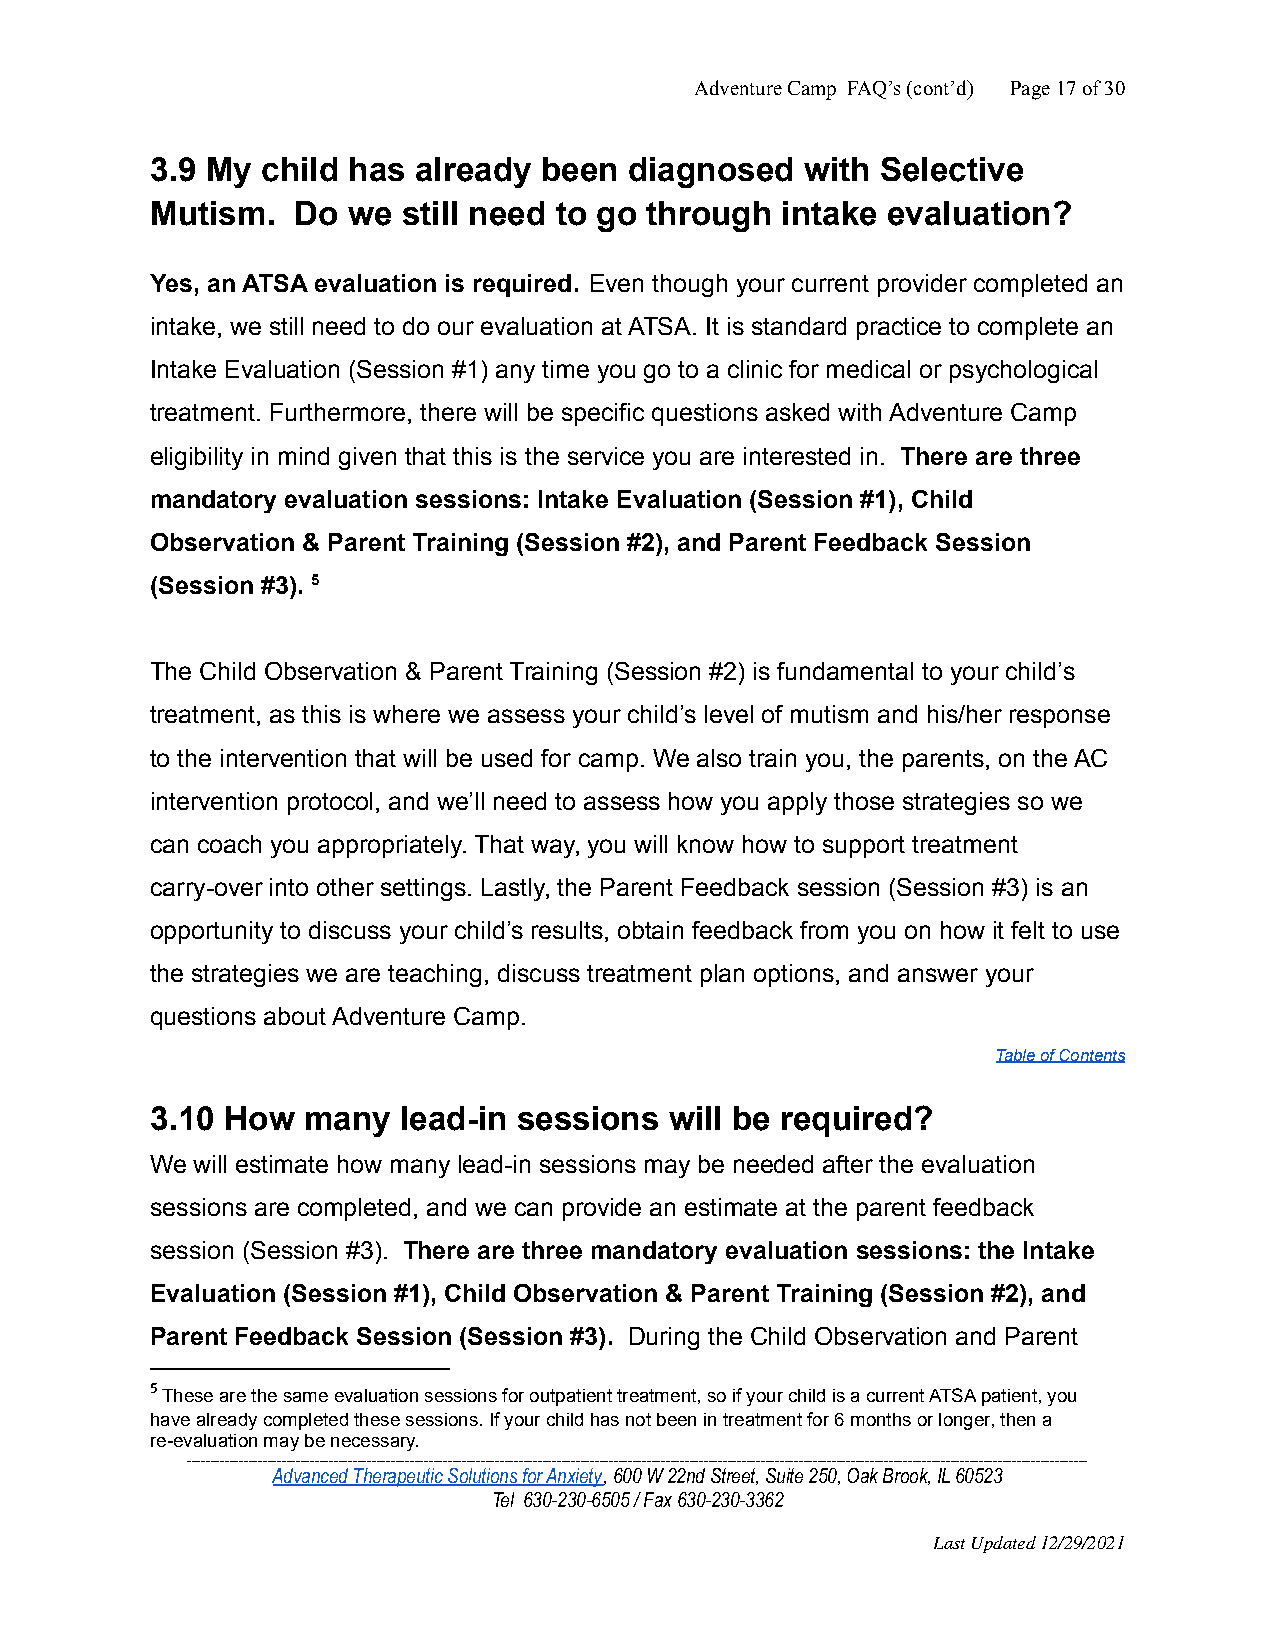
Adventure Camp FAQ’s (cont’d) Page17of30
 3.9 My child has already  been  diagnosed  with Selective
 Mutism.  Do  we  still need to go through intake evaluation?
 Yes, an ATSA evaluation is required. Even though your current provider completed an
 intake, we still need to do our evaluation at ATSA. It is standard practice to complete an
 Intake Evaluation (Session #1) any time you go to a clinic for medical or psychological
 treatment. Furthermore, there will be specific questions asked with Adventure Camp
 eligibility in mind given that this is the service you are interested in. There are three
 mandatory evaluation sessions: Intake Evaluation (Session #1), Child
 Observation & Parent Training (Session #2), and Parent Feedback Session
 (Session #3). 5
 The Child Observation & Parent Training (Session #2) is fundamental to your child’s
 treatment, as this is where we assess your child’s level of mutism and his/her response
 to the intervention that will be used for camp. We also train you, the parents, on the AC
 intervention protocol, and we’ll need to assess how you apply those strategies so we
 can coach you appropriately. That way, you will know how to support treatment
 carry-over into other settings. Lastly, the Parent Feedback session (Session #3) is an
 opportunity to discuss your child’s results, obtain feedback from you on how it felt to use
 the strategies we are teaching, discuss treatment plan options, and answer your
 questions about Adventure Camp.
 Table of Contents
 3.10 How  many  lead-in sessions  will be required?
 We will estimate how many lead-in sessions may be needed after the evaluation
 sessions are completed, and we can provide an estimate at the parent feedback
 session (Session #3). There are three mandatory evaluation sessions: the Intake
 Evaluation (Session #1), Child Observation & Parent Training (Session #2), and
 Parent Feedback Session (Session #3). During the Child Observation and Parent
 5These are the same evaluation sessions for outpatienttreatment, so if your child is a current ATSA patient, you
 have already completed these sessions. If your child has not been in treatment for 6 months or longer, then a
 re-evaluation may be necessary.
 ______________________________________________________________________________________________________________________________________________________________________________________________
 Advanced Therapeutic Solutions for Anxiety, 600 W22nd Street, Suite 250, Oak Brook, IL 60523
 Tel 630-230-6505 / Fax 630-230-3362
 Last Updated 12/29/2021